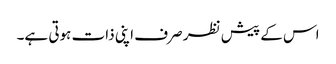
اس کے پیش نظر صرف اپنی ذات ہوتی ہے۔